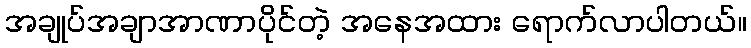
အချုပ်အချာအာဏာပိုင်တဲ့ အနေအထား ရောက်လာပါတယ်။